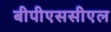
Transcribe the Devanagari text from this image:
बीपीएससीएल